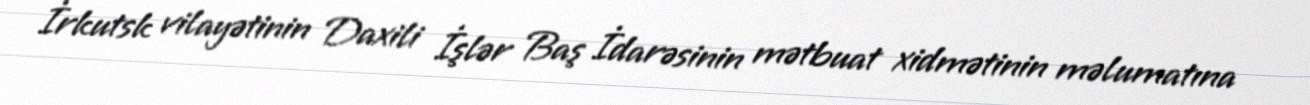
İrkutsk vilayətinin Daxili İşlər Baş İdarəsinin mətbuat xidmətinin məlumatına